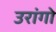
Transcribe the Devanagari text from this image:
उरांगो